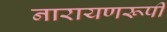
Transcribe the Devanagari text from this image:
नारायणरूपी